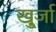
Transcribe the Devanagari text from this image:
खु्र्जा